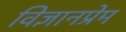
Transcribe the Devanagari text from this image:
विज्ञानप्रेम